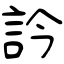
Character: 訡